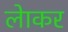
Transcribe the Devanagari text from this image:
लेाकर